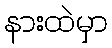
နားထဲမှာ